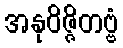
အနုဝိဇ္ဇိတဗ္ဗံ